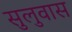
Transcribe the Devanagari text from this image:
सुलुवास